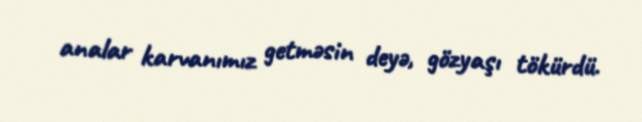
analar karvanımız getməsin deyə, gözyaşı tökürdü.